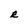
Character: R